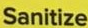
Sanitize